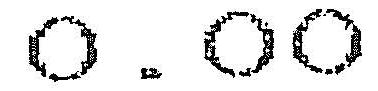
0.00